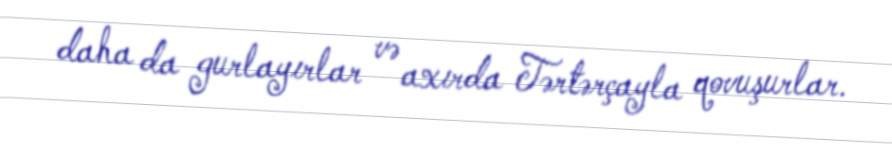
daha da gurlayırlar və axırda Tərtərçayla qovuşurlar.